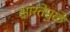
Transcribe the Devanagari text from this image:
क्षारतेमुळे